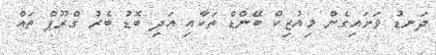
ދަނޑު ވަށައިގެން މިއުޒިކް ބޭންޑް ތަކާއި އަދި ބޮޑު ބެރު ގްރޫޕް ތައް